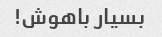
بسیار باهوش!